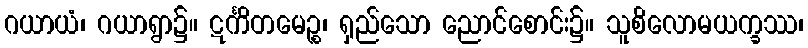
ဂယာယံ၊ ဂယာရွာ၌။ ဋင်္ကိတမေဉ္စ၊ ရှည်သော ညောင်စောင်း၌။ သူစိလောမယက္ခဿ၊